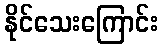
နိုင်သေးကြောင်း